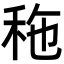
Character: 𥞀